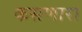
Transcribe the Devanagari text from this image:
कसणारा